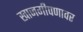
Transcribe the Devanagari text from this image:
खाजगीपणावर